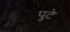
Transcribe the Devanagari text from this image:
पुटे